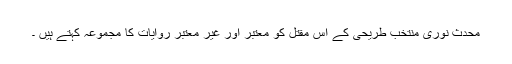
محدث نوری منتخب طریحی کے اس مقتل کو معتبر اور غیر معتبر روایات کا مجموعہ کہتے ہیں ۔